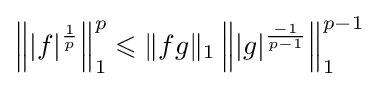
\left\||f|^{\frac {1}{p}}\right\|_{1}^{p}\leqslant \|fg\|_{1}\left\||g|^{\frac {-1}{p-1}}\right\|_{1}^{p-1}